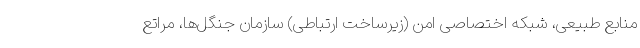
منابع طبیعی، شبکه اختصاصی امن (زیرساخت ارتباطی) سازمان جنگل‌ها، مراتع